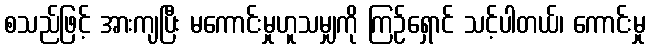
စသည်ဖြင့် အားကျပြီး မကောင်းမှုဟူသမျှကို ကြဉ်ရှောင် သင့်ပါတယ်၊ ကောင်းမှု